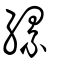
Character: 縲